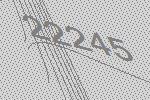
22245